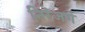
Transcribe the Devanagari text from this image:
निरंजणे